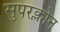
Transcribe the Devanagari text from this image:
सुपरक्लोन